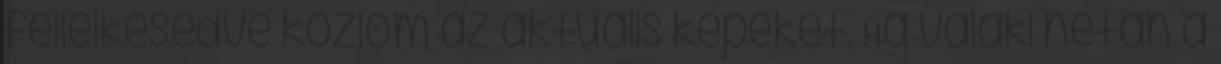
fellelkesedve közlöm az aktuális képeket. Ha valaki netán a